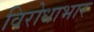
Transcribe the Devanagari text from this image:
विरोधाभार